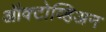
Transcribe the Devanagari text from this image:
ऑक्टोव्हिअन